Some observations on the poison of the banded krait (Bungarus fasciatus) - Number 7
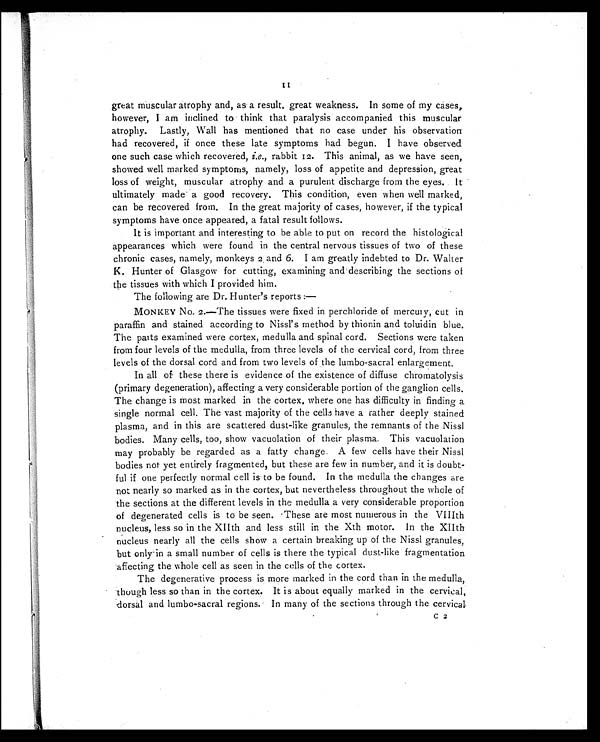
11
great muscular atrophy and, as a result, great weakness. In some of my cases,
however, I am inclined to think that paralysis accompanied this muscular
atrophy. Lastly, Wall has mentioned that no case under his observation
had recovered, if once these late symptoms had begun. I have observed
one such case which recovered, i.e., rabbit 12. This animal, as we have seen,
showed well marked symptoms, namely, loss of appetite and depression, great
loss of weight, muscular atrophy and a purulent discharge from the eyes. It
ultimately made a good recovery. This condition, even when well marked,
can be recovered from. In the great majority of cases, however, if the typical
symptoms have once appeared, a fatal result follows.
It is important and interesting to be able to put on record the histological
appearances which were found in the central nervous tissues of two of these
chronic cases, namely, monkeys 2 and 6. I am greatly indebted to Dr. Walter
K. Hunter of Glasgow for cutting, examining and describing the sections of
the tissues with which I provided him.
The following are Dr. Hunter's reports:—
MONKEY No. 2.—The tissues were fixed in perchloride of mercury, cut in
paraffin and stained according to Nissl's method by thionin and toluidin blue.
The parts examined were cortex, medulla and spinal cord. Sections were taken
from four levels of the medulla, from three levels of the cervical cord, from three
levels of the dorsal cord and from two levels of the lumbo-sacral enlargement.
In all of these there is evidence of the existence of diffuse chromatolysis
(primary degeneration), affecting a very considerable portion of the ganglion cells.
The change is most marked in the cortex, where one has difficulty in finding a
single normal cell. The vast majority of the cells have a rather deeply stained
plasma, and in this are scattered dust-like granules, the remnants of the Nissl
bodies. Many cells, too, show vacuolation of their plasma. This vacuolation
may probably be regarded as a fatty change. A few cells have their Nissl
bodies not yet entirely fragmented, but these are few in number, and it is doubt-
ful if one perfectly normal cell is to be found. In the medulla the changes are
not nearly so marked as in the cortex, but nevertheless throughout the whole of
the sections at the different levels in the medulla a very considerable proportion
of degenerated cells is to be seen. .These are most numerous in the VIIIth
nucleus, less so in the XIIth and less still in the Xth motor. In the XIIth
nucleus nearly all the cells show a certain breaking up of the Nissl granules,
but only in a small number of cells is there the typical dust-like fragmentation
affecting the whole cell as seen in the cells of the cortex.
The degenerative process is more marked in the cord than in the medulla,
though less so than in the cortex. It is about equally marked in the cervical,
dorsal and lumbo-sacral regions. In many of the sections through the cervical,
C 2